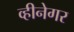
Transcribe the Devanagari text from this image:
व्हीनेगर